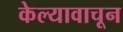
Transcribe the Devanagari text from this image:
केल्यावाचून